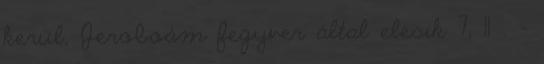
kerül, Jeroboám fegyver által elesik 7, 11 . -